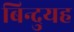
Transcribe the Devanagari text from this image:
बिन्दुयह